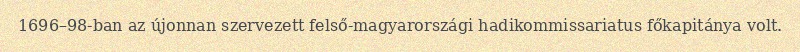
1696–98-ban az újonnan szervezett felső-magyarországi hadikommissariatus főkapitánya volt.